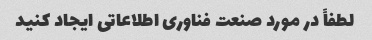
لطفاً در مورد صنعت فناوری اطلاعاتی ایجاد کنید